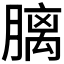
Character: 𪱩